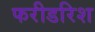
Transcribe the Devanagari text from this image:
फरीडरिश